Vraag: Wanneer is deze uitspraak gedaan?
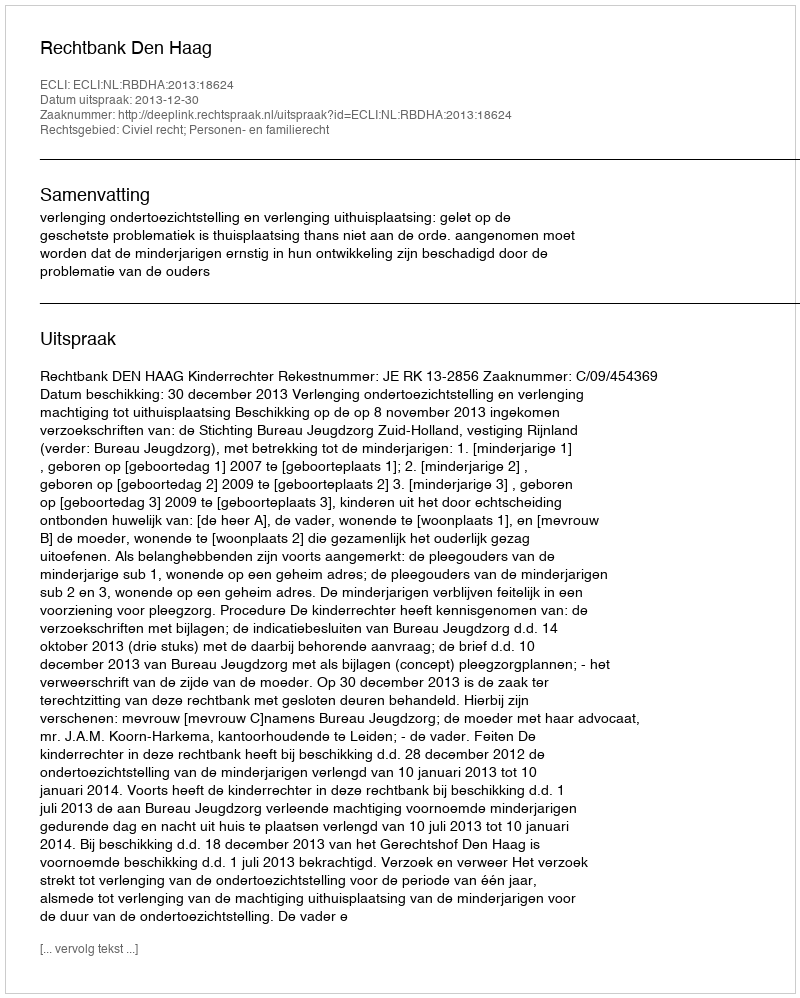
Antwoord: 2013-12-30